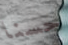
حسنا